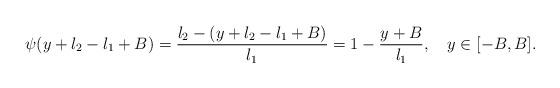
LaTeX: \begin{align*}&\psi(y+l_2-l_1+B)=\frac{l_2-(y+l_2-l_1+B)}{l_1}=1-\frac{y+B}{l_1},\ \ \ y\in [-B,B].\end{align*}